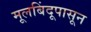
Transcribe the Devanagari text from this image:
मूलबिंदूपासून